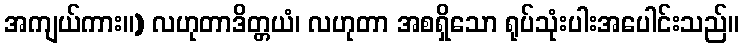
အကျယ်ကား။) လဟုတာဒိတ္တယံ၊ လဟုတာ အစရှိသော ရုပ်သုံးပါးအပေါင်းသည်။